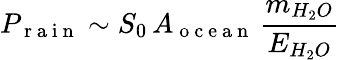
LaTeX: P_{\mathrm{~r~a~i~n~}}\sim S_{0}\, A_{\mathrm{~o~c~e~a~n~}}\, \frac{m_{H_{2}O}}{E_{H_{2}O}}